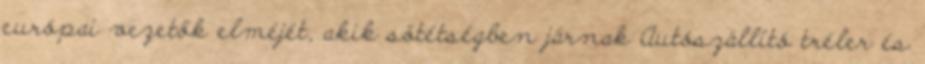
európai vezetők elméjét, akik sötétségben járnak Autószállító tréler és